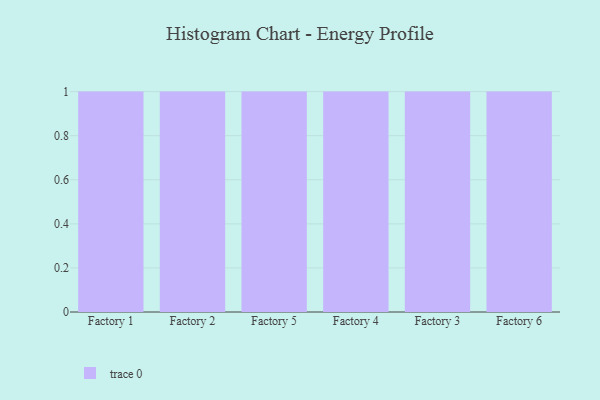
{"axis": {"x": "Factory", "y": "Waste Production (Tons)"}, "legend": [""], "data": [{"x": "Factory 1", "y": 8, "type": ""}, {"x": "Factory 2", "y": 4, "type": ""}, {"x": "Factory 5", "y": 38, "type": ""}, {"x": "Factory 4", "y": 68, "type": ""}, {"x": "Factory 3", "y": 71, "type": ""}, {"x": "Factory 6", "y": 82, "type": ""}]}